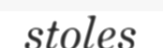
stoles